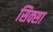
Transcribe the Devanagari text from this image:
सिक्सा